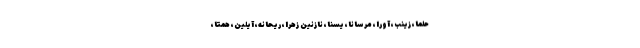
حلما، زینب، آورا، مرسانا، یسنا، نازنین زهرا، ریحانه، آیلین، همتا،